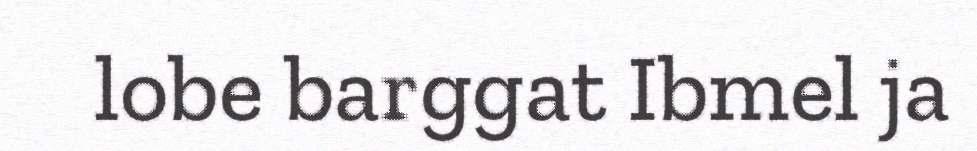
lobe barggat Ibmel ja